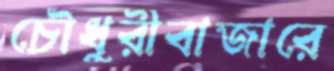
চৌধুরীবাজারে